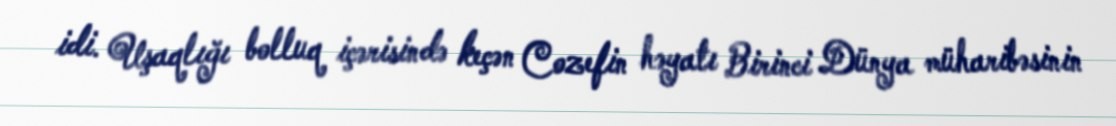
idi. Uşaqlığı bolluq içərisində keçən Cozefin həyatı Birinci Dünya müharibəsinin